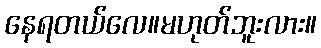
နေရတယ်လေ။မဟုတ်ဘူးလား။